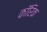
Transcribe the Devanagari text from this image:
कॉरिक